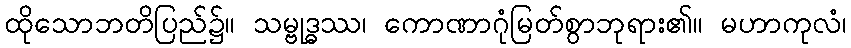
ထိုသောဘတိပြည်၌။ သမ္ဗုဒ္ဓဿ၊ ကောဏာဂုံမြတ်စွာဘုရား၏။ မဟာကုလံ၊